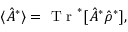
\langle \hat { A } ^ { * } \rangle = \textrm { T r } ^ { * } [ \hat { A } ^ { * } \hat { \rho } ^ { * } ] ,